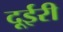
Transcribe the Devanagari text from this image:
दूईरी